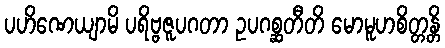
ပဟိဏေယျာမိ ပရိဗ္ဗဇူပဂတာ ဥပဂစ္ဆတီတိ မောမူဟစိတ္တန္တိ